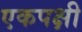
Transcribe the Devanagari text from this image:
एकपक्षी